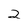
Character: 2